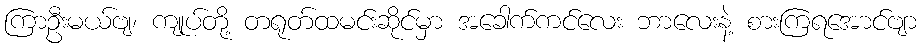
ကြာဦးမယ်ဗျ၊ ကျုပ်တို့ တရုတ်ထမင်းဆိုင်မှာ အခေါက်ကင်လေး ဘာလေးနဲ့ စားကြရအောင်ဗျာ